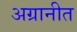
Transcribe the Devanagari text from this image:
अग्रानीत